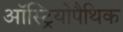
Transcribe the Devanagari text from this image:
ऑस्ट्रियोपैथिक